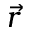
\vec { r }